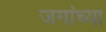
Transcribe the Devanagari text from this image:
जगांच्या